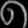
Digit: ၈